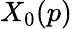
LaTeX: X_{0}(p)